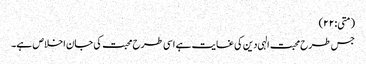
(متی:۲۲)
جس طرح محبت الہی دین کی غایت ہے اسی طرح محبت کی جان اخلاص ہے۔